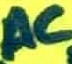
Text: AC